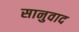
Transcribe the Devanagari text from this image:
सानुवाद